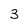
Character: 3